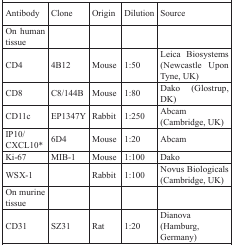
<table><thead><tr><td><b>Antibody</b></td><td><b>Clone</b></td><td><b>Origin</b></td><td><b>Dilution</b></td><td><b>Source</b></td></tr></thead><tbody><tr><td>On human tissue</td><td></td><td></td><td></td><td></td></tr><tr><td>CD4</td><td>4B12</td><td>Mouse</td><td>1:50</td><td>Leica Biosystems (Newcastle Upon Tyne, UK)</td></tr><tr><td>CD8</td><td>C8/144B</td><td>Mouse</td><td>1:80</td><td>Dako (Glostrup, DK)</td></tr><tr><td>CD11c</td><td>EP1347Y</td><td>Rabbit</td><td>1:250</td><td>Abcam (Cambridge, UK)</td></tr><tr><td>IP10/CXCL10*</td><td>6D4</td><td>Mouse</td><td>1:20</td><td>Abcam</td></tr><tr><td>Ki-67</td><td>MIB-1</td><td>Mouse</td><td>1:100</td><td>Dako</td></tr><tr><td>WSX-1</td><td></td><td>Rabbit</td><td>1:100</td><td>Novus Biologicals (Cambridge, UK)</td></tr><tr><td>On murine tissue</td><td></td><td></td><td></td><td></td></tr><tr><td>CD31</td><td>SZ31</td><td>Rat</td><td>1:20</td><td>Dianova (Hamburg, Germany)</td></tr></tbody></table>